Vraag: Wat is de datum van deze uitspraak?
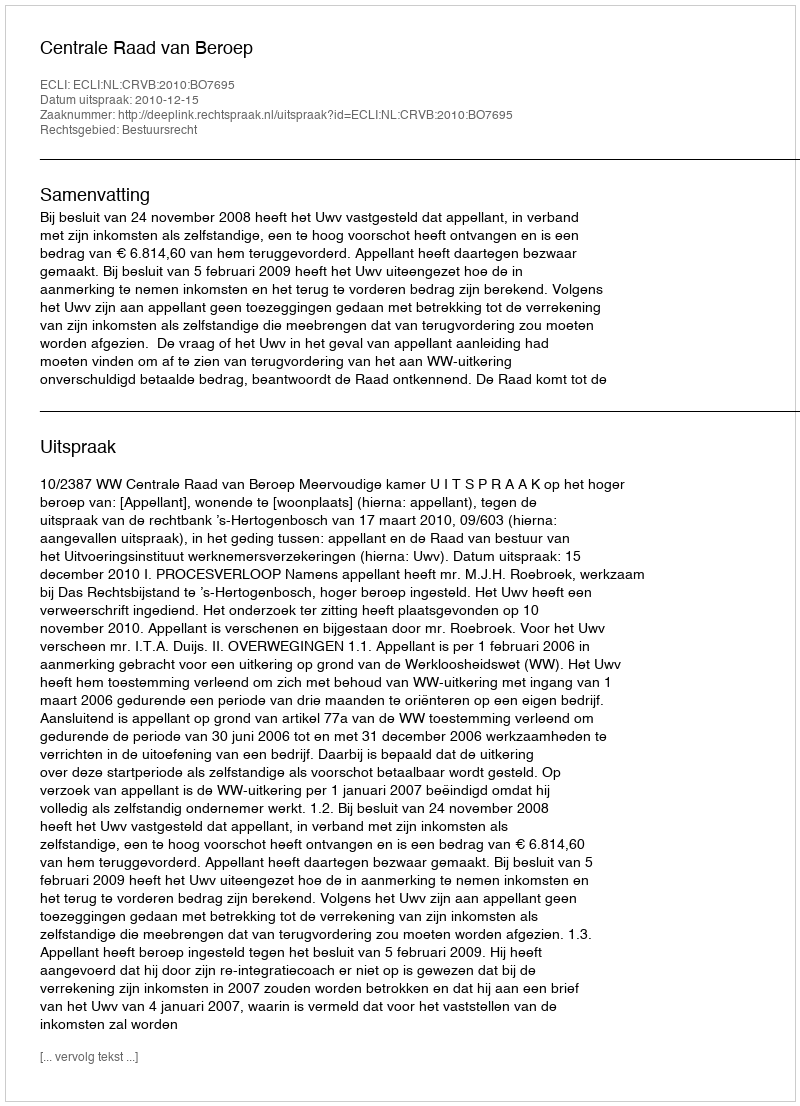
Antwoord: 2010-12-15